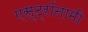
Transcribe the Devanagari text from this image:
एस्‍ट्रॉनामी